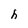
Character: h